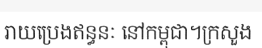
រាយប្រេងឥន្ធនៈ នៅកម្ពុជា។ក្រសួង